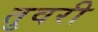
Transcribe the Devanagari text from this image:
तुवरी